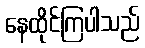
နေထိုင်ကြပါသည်